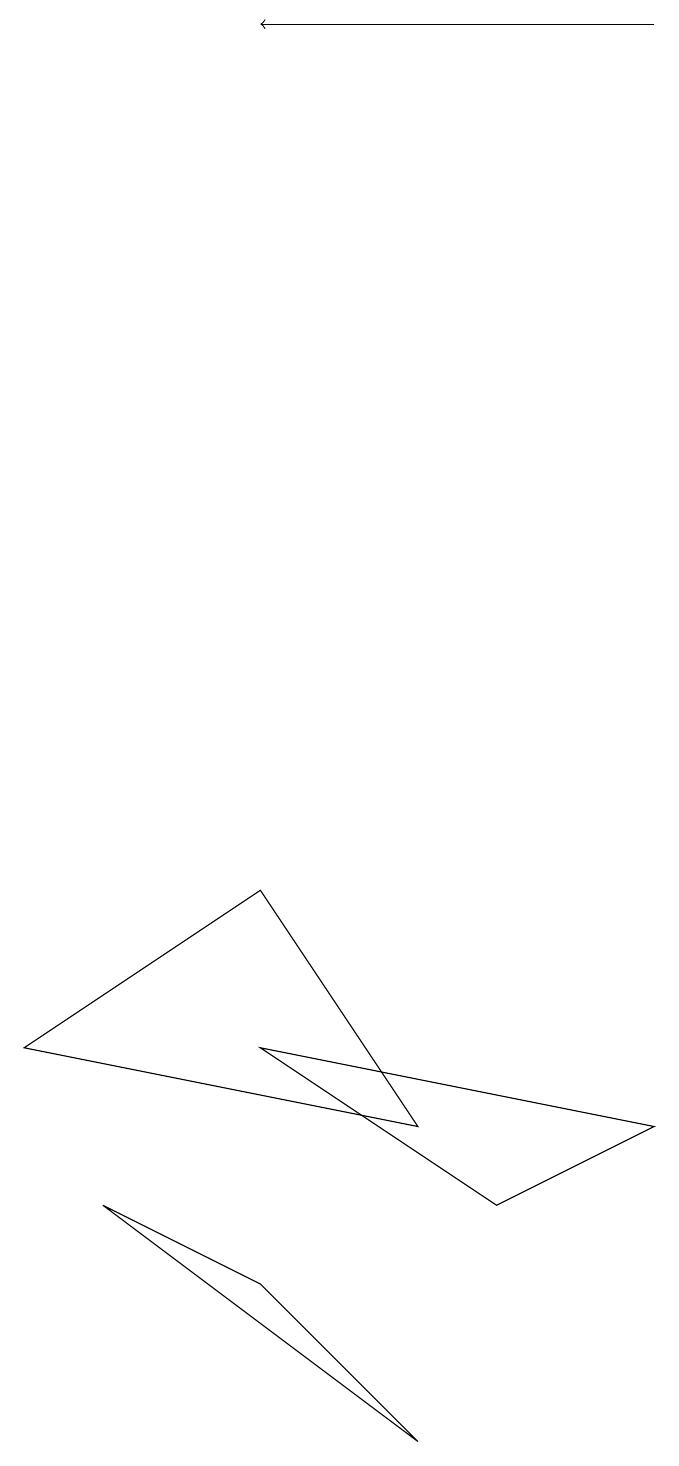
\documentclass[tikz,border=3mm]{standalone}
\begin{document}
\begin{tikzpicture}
\draw (3,3) -- (1,4) -- (5,1) -- cycle;
\draw[->] (8,19) -- (3,19);
\draw (0,6) -- (5,5) -- (3,8) -- cycle;
\draw (6,4) -- (3,6) -- (8,5) -- cycle;
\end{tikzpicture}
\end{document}